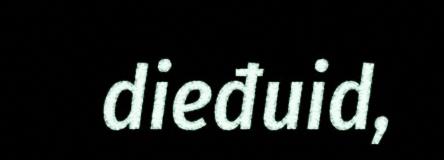
dieđuid,